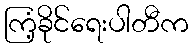
ကြံ့ခိုင်ရေးပါတီက